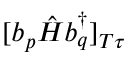
[ b _ { p } \hat { H } b _ { q } ^ { \dagger } ] _ { T \tau }